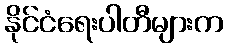
နိုင်ငံရေးပါတီများက